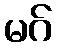
မဂ်